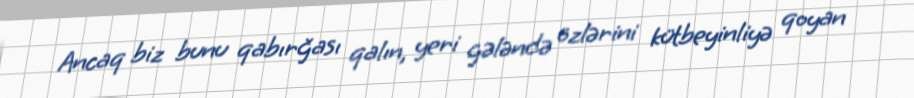
Ancaq biz bunu qabırğası qalın, yeri gələndə özlərini kütbeyinliyə qoyan